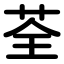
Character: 荃